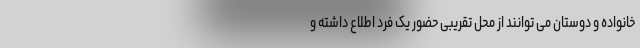
خانواده و دوستان می توانند از محل تقریبی حضور یک فرد اطلاع داشته و